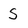
Character: S